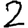
Digit: 2